Report of veterinary surgeon J.H. Steel, A.V.D., on his investigation into an obscure and fatal disease among transport mules in British Burma
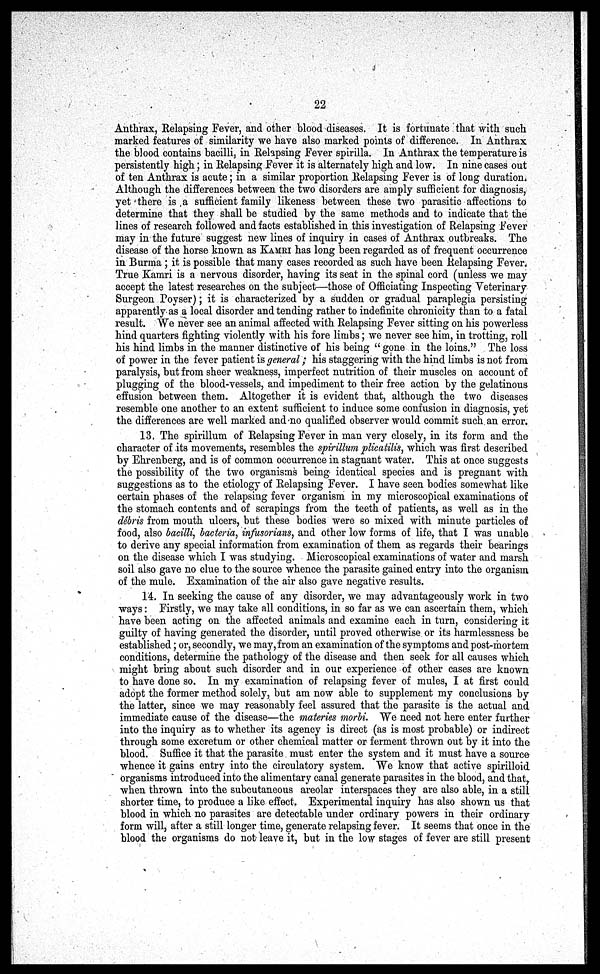
22
Anthrax, Relapsing Fever, and other blood diseases. It is fortunate that with such
marked features of similarity we have also marked points of difference. In Anthrax
the blood contains bacilli, in Relapsing Fever spirilla. In Anthrax the temperature is
persistently high; in Relapsing Fever it is alternately high and low. In nine cases out
of ten Anthrax is acute; in a similar proportion Relapsing Fever is of long duration.
Although the differences between the two disorders are amply sufficient for diagnosis,
yet there is a sufficient family likeness between these two parasitic affections to
determine that they shall be studied by the same methods and to indicate that the
lines of research followed and facts established in this investigation of Relapsing Fever
may in the future suggest new lines of inquiry in cases of Anthrax outbreaks. The
disease of the horse known as KAMRI has long been regarded as of frequent occurrence
in Burma ; it is possible that many cases recorded as such have been Relapsing Fever.
True Kamri is a nervous disorder, having its seat in the spinal cord (unless we may
accept the latest researches on the subject—those of Officiating Inspecting Veterinary
Surgeon Poyser); it is characterized by a sudden or gradual paraplegia persisting
apparently as a local disorder and tending rather to indefinite chronicity than to a fatal
result. We never see an animal affected with Relapsing Fever sitting on his powerless
hind quarters fighting violently with his fore limbs; we never see him, in trotting, roll
his hind limbs in the manner distinctive of his being " gone in the loins." The loss
of power in the fever patient is general; his staggering with the hind limbs is not from
paralysis, but from sheer weakness, imperfect nutrition of their muscles on account of
plugging of the blood-vessels, and impediment to their free action by the gelatinous
effusion between them. Altogether it is evident that, although the two diseases
resemble one another to an extent sufficient to induce some confusion in diagnosis, yet
the differences are well marked and no qualified observer would commit such an error.
13 The spirillum of Relapsing Fever in man very closely, in its form and the
character of its movements, resembles the spirillum plicatilis, which was first described
by Ehrenberg, and is of common occurrence in stagnant water. This at once suggests
the possibility of the two organisms being identical species and is pregnant with
suggestions as to the etiology of Relapsing Fever. I have seen bodies somewhat like
certain phases of the relapsing fever organism in my microscopical examinations of
the stomach contents and of scrapings from the teeth of patients, as well as in the
débris from mouth ulcers, but these bodies were so mixed with minute particles of
food, also bacilli, bacteria, infusorians, and other low forms of life, that I was unable
to derive any special information from examination of them as regards their bearings
on the disease which I was studying. Microscopical examinations of water and marsh
soil also gave no clue to the source whence the parasite gained entry into the organism
of the mule. Examination of the air also gave negative results.
14. In seeking the cause of any disorder, we may advantageously work in two
ways: Firstly, we may take all conditions, in so far as we can ascertain them, which
have been acting on the affected animals and examine each in turn, considering it
guilty of having generated the disorder, until proved otherwise or its harmlessness be
established; or, secondly, we may, from an examination of the symptoms and post-mortem
conditions, determine the pathology of the disease and then seek for all causes which
might bring about such disorder and in our experience of other cases are known
to have done so. In my examination of relapsing fever of mules, I at first could
adopt the former method solely, but am now able to supplement my conclusions by
the latter, since we may reasonably feel assured that the parasite is the actual and
immediate cause of the disease—the materies morbi. We need not here enter further
into the inquiry as to whether its agency is direct (as is most probable) or indirect
through some excretum or other chemical matter or ferment thrown out by it into the
blood. Suffice it that the parasite must enter the system and it must have a source
whence it gains entry into the circulatory system. We know that active spirilloid
organisms introduced into the alimentary canal generate parasites in the blood, and that,
when thrown into the subcutaneous areolar interspaces they are also able, in a still
shorter time, to produce a like effect. Experimental inquiry has also shown us that
blood in which no parasites are detectable under ordinary powers in their ordinary
form will, after a still longer time, generate relapsing fever. It seems that once in the
blood the organisms do not leave it, but in the low stages of fever are still present